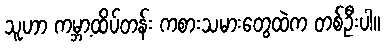
သူဟာ ကမ္ဘာ့ထိပ်တန်း ကစားသမားတွေထဲက တစ်ဦးပါ။